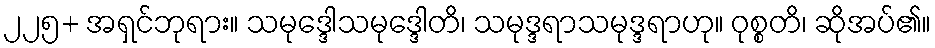
၂၂၅+ အရှင်ဘုရား။ သမုဒ္ဒေါသမုဒ္ဒေါတိ၊ သမုဒ္ဒရာသမုဒ္ဒရာဟု။ ဝုစ္စတိ၊ ဆိုအပ်၏။